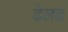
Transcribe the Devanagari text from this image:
ढेलढ